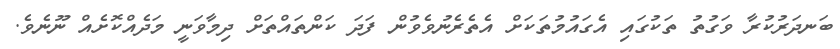
ބަނދަރުކުރާ ވަގުތު ތަކުގައި އެގައުމުތަކަށް އެތެރެނުވެވުން ފަދަ ކަންތައްތަށް ދިމާވަނީ މަދެއްކޮށެއް ނޫނެވެ.